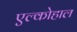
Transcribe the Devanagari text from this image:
एल्कोहाल